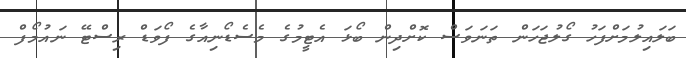
ބަލައިލުމަށްފަހު ގޯލުޖަހަން ތަނަވަސް ކޮށްދިން ބޯޅަ އެޓީމުގެ މެސެޑޯނިއާގެ ފޯވަޑް ރިސްޓޭ ނައުމޯފް